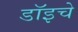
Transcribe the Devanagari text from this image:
डॉइचे